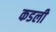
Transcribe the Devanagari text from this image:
कडली